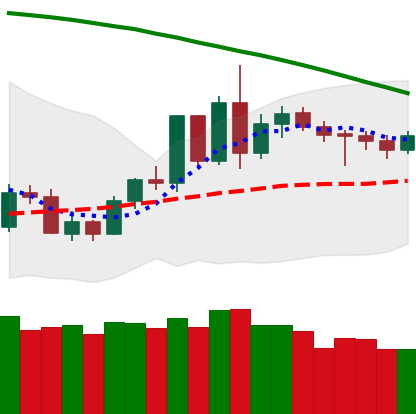
Ticker: LTC-USD
Chart end date: 2020-06-10
Forward return: -5.925%
Label: down_5_7